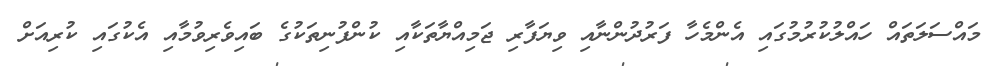
މައްސަލަތައް ހައްލުކުރުމުގައި އެންމެހާ ފަރުދުންނާއި ވިޔަފާރި ޖަމިއްޔާތަކާއި ކުންފުނިތަކުގެ ބައިވެރިވުމާއި އެކުގައި ކުރިއަށް